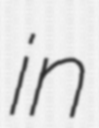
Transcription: in